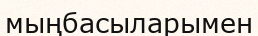
мыңбасыларымен